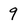
Character: 9